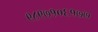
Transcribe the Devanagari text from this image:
९८९७१०६१७७